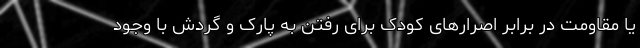
یا مقاومت در برابر اصرارهای کودک برای رفتن به پارک و گردش با وجود